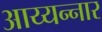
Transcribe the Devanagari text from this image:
आय्यन्नार